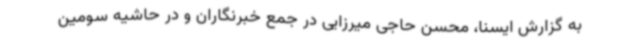
به گزارش ایسنا، محسن حاجی میرزایی در جمع خبرنگاران و در حاشیه سومین